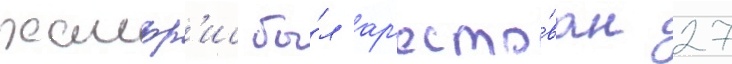
хамфр'ис бы́л ар'есто́ван 27